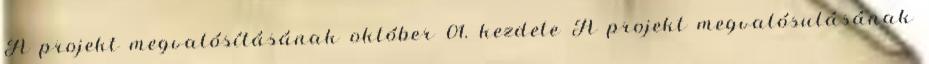
A projekt megvalósításának október 01. kezdete A projekt megvalósulásának